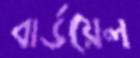
বার্ডয়েল